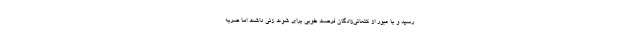
رسید و با عبور از کنعانی‌زادگان فرصت خوبی برای شوت زنی داشت اما ضربه